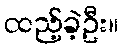
ထည့်ခဲ့ဦး။